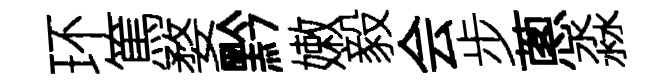
环篤婺黔嫩毅会步蔥淼